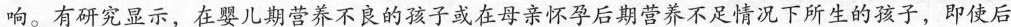
响。有研究显示，在婴儿期营养不良的孩子或在母亲怀孕后期营养不足情况下所生的孩子，即使后